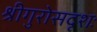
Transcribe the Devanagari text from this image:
श्रीगुरोसदृशः